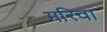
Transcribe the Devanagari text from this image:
मरिवा